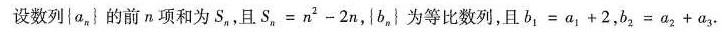
设数列{a_{n}}的前n项和为S_{n}，且$$S _ { n } = n ^ { 2 } - 2 n$$，{b_{n}}为等比数列，且$$b _ { 1 } = a _ { 1 } + 2$$，$$b _ { 2 } = a _ { 2 } + a _ { 3 }$$。